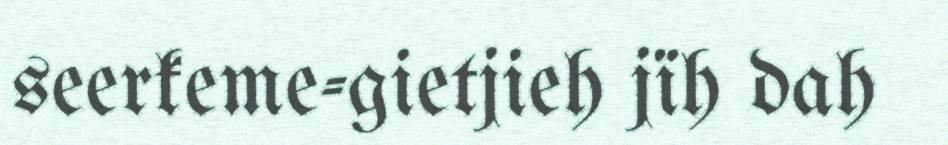
seerkeme-gietjieh jïh dah